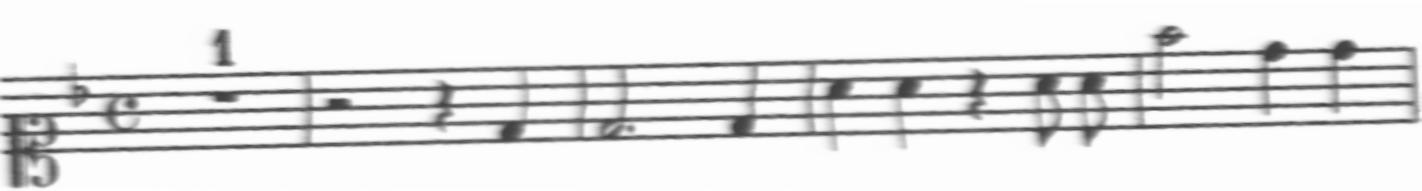
Transcription: clef-C1 keySignature-FM timeSignature-C multirest-1 barline rest-half rest-quarter note-D4_quarter barline note-D4_half. note-D4_quarter barline note-A4_quarter note-A4_quarter rest-quarter note-A4_eighth note-A4_eighth barline note-F5_half note-D5_quarter note-D5_quarter barline